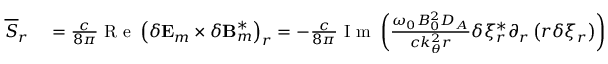
\begin{array} { r l } { \overline { { S } } _ { r } } & { { } = \frac { c } { 8 \pi } \mathrm { ~ R ~ e ~ } \left( \delta \mathbf { E } _ { m } \times \delta \mathbf { B } _ { m } ^ { * } \right) _ { r } = - \frac { c } { 8 \pi } \mathrm { ~ I ~ m ~ } \left( \frac { \omega _ { 0 } B _ { 0 } ^ { 2 } D _ { A } } { c k _ { \theta } ^ { 2 } r } \delta \xi _ { r } ^ { * } \partial _ { r } \left( r \delta \xi _ { r } \right) \right) = } \end{array}